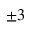
\pm 3